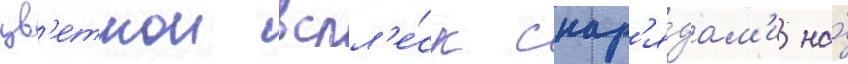
цв'етнои вспл'е́ск снар'я́дам'и на́